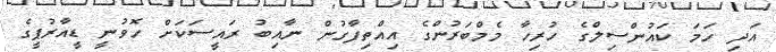
އަދި ހަމަ ކައުންސިލްގެ ހުރިހާ މެމްބަރުންގެ އިއްތިފާގުން ނާއިބު ރައީސަކަށް ހޮވުނީ ޑީއާރުޕީގެ